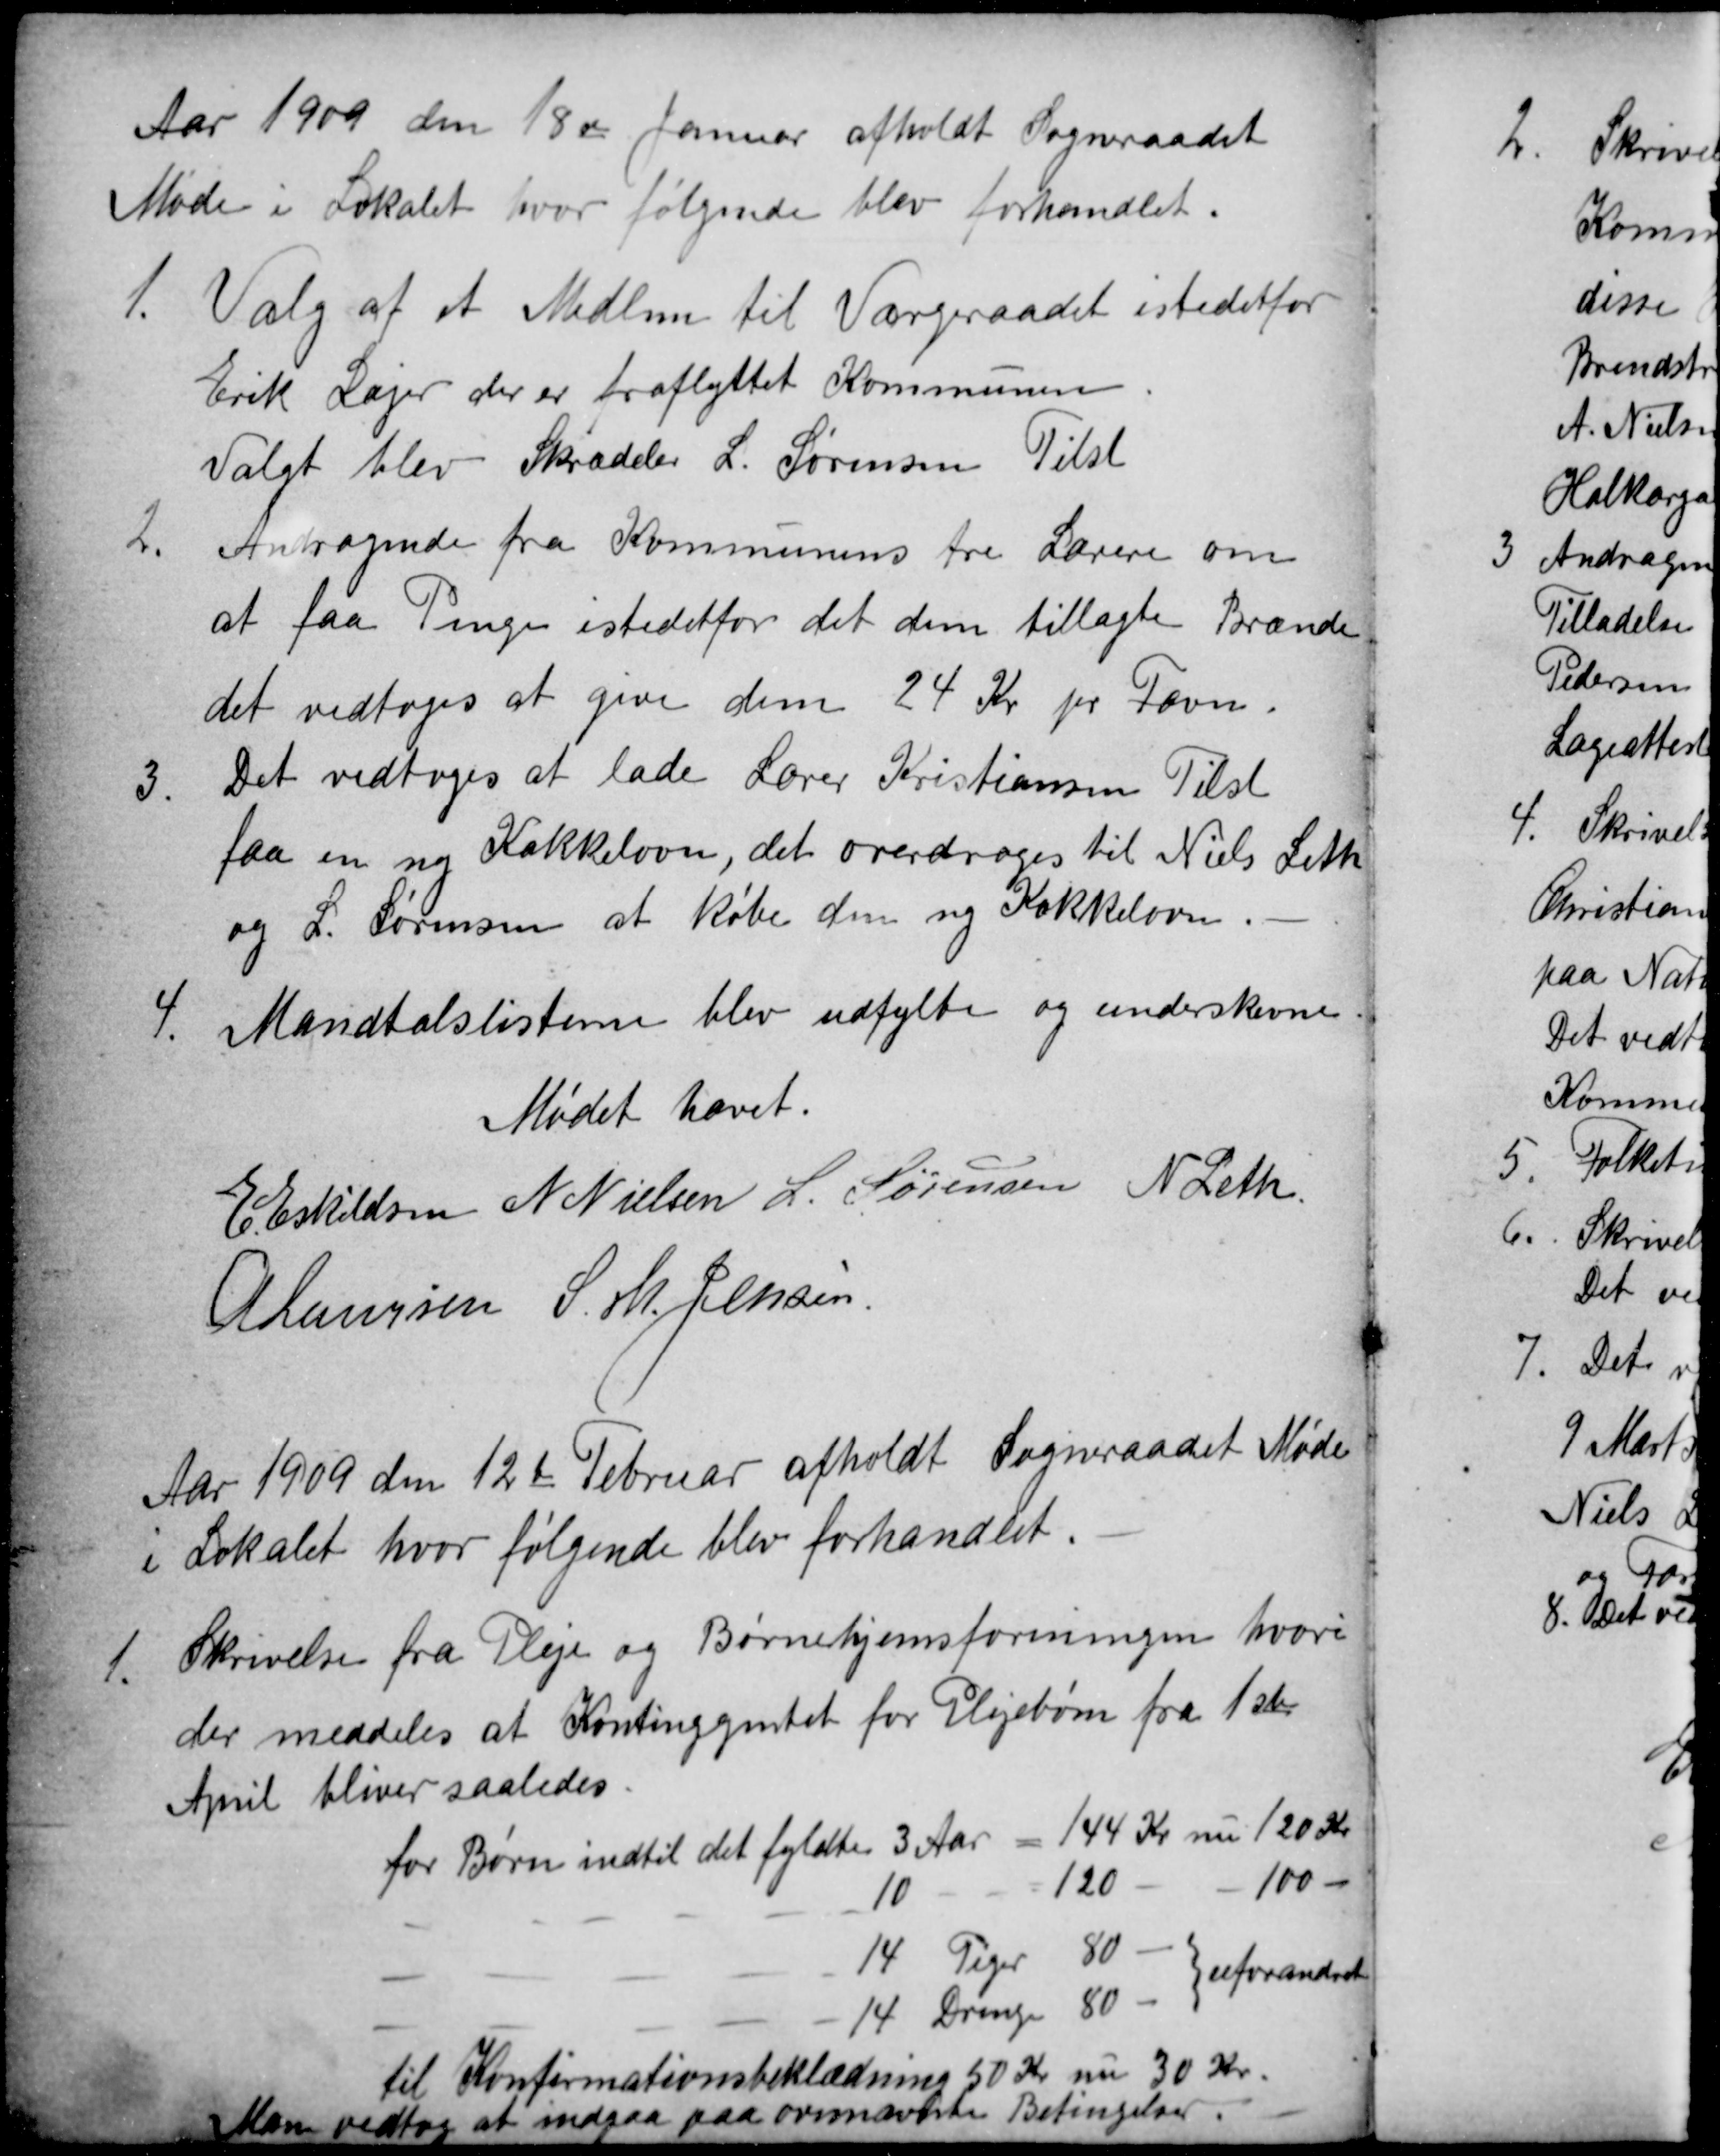
Transskription:
Aar 1909 den 18de Januar afholdt Sogneraadet
Møde i Lokalet, hvor følgende blev forhandlet.
1,
Valg af et Medlem til Værgeraadet istedetfor
Erik Lajer der er fraflyttet Kommunen.
Valgt blev Skrædder L. Sørensen Tilst
2.
Andragende fra Kommunens tre Lærere om
at faa Penge istedetfor det dem tillagte Brænde
det vedtoges at give dem 24 Kr pr Favn.
3
Det vedtoges at lade Lærer Kristiansen Tilst
faa en ny Kakkelovn, det overdroges til Niels Leth
og L. Sørensen at købe den ny Kakkelovn.
4.
Mandtalslisterne blev udfylte og underskrevne.
Mødet hævet.
E Eskildsen N Nielsen L. Sørensen N Leth
A Laursen S. M. Jensen
Aar 1909 den 12te Februar afholdt Sogneraadet Møde
i Lokalet hvor følgende blev forhandlet.
1.
Skrivelse fra Pleje og Børnehjemsforeningen hvori
der meddeles at Kontingentet for Plejebørn fra 1ste
April bliver saaledes.
for Børn indtil det fyldte 3 Aar - 144 Kr nu 120 Kr
10
120
100
14 Piger 80
14 Drenge 80
uforandret
til Konfirmationsbeklædning 50 Kr nu 30 Kr.
Man vedtog at indgaa paa ovennævnte Betingelser.